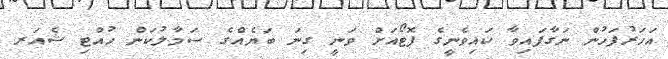
އަހަރުފަހުން ނަގާފައިވާ ކައިވެނީގެ ފޮޓޯއަށް ވަނީ ގިނަ ބަޔެއްގެ ސަމާލުކަން ހުއްޓި ޝެއަރ